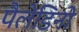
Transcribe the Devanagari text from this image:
पैलेडिनो